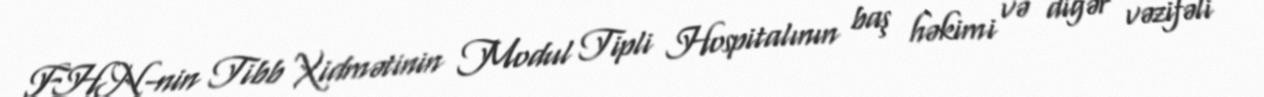
FHN-nin Tibb Xidmətinin Modul Tipli Hospitalının baş həkimi və digər vəzifəli